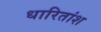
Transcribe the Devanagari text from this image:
धारितांश